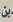
ين